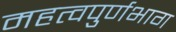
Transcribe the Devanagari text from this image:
महत्वपुर्णभाग